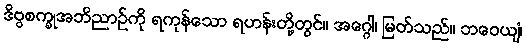
ဒိဗ္ဗစက္ခုအဘိညာဉ်ကို ရကုန်သော ရဟန်းတို့တွင်။ အဂ္ဂေါ၊ မြတ်သည်။ ဘဝေယျံ၊